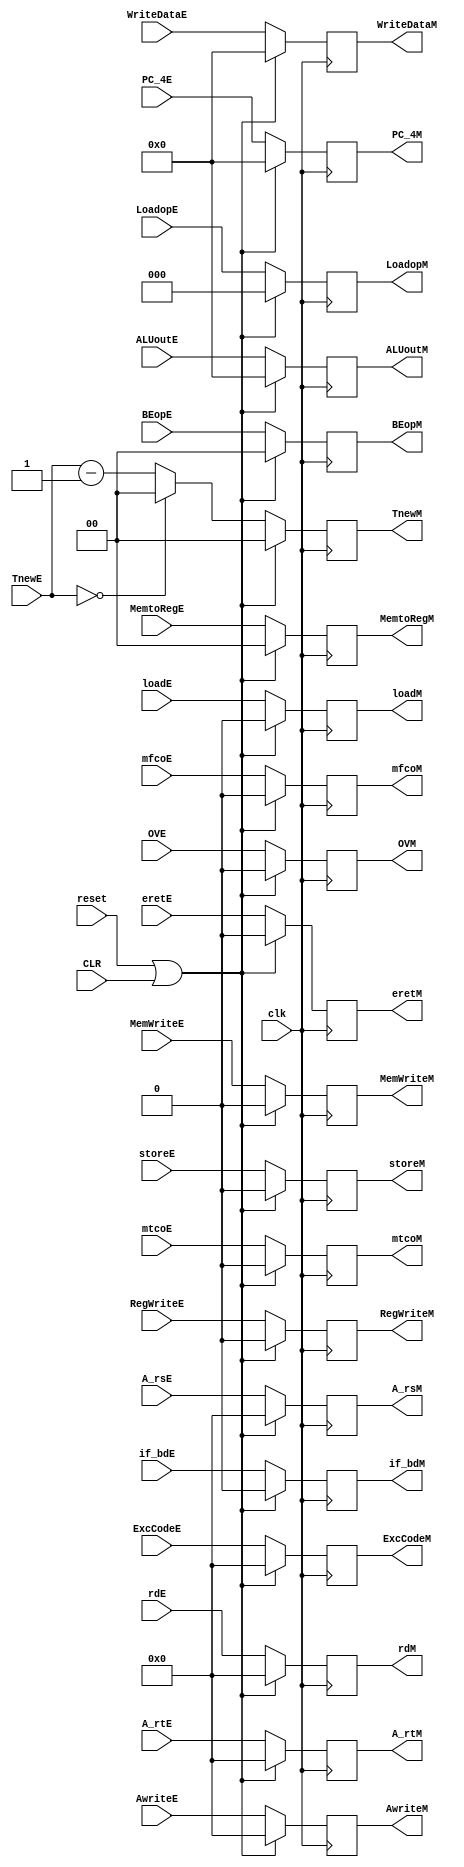
`timescale 1ns / 1ps
//////////////////////////////////////////////////////////////////////////////////
// Company: 
// Engineer: 
// 
// Design Name: 
// Module Name:    E_M_register 
// Project Name: 
// Target Devices: 
// Tool versions: 
// Description: 
//
// Dependencies: 
//
// Revision: 
// Revision 0.01 - File Created
// Additional Comments: 
//
//////////////////////////////////////////////////////////////////////////////////
module E_M_register(
	input clk,
	input reset,
	input CLR,
    input RegWriteE,
    input [1:0] MemtoRegE,
    input MemWriteE,
	input [1:0] BEopE,
	input [2:0] LoadopE,
    input [31:0] ALUoutE,
    input [31:0] WriteDataE,
    input [31:0] PC_4E,
	input [1:0] TnewE,
	input [4:0] A_rsE,
	input [4:0] A_rtE,
	input [4:0] AwriteE,
	input [6:2] ExcCodeE,
	input if_bdE,
	input loadE,
	input storeE,
	input OVE,
	input mfcoE,
	input mtcoE,
	input eretE,
	input [4:0] rdE,
    output reg RegWriteM,
    output reg [1:0] MemtoRegM,
    output reg MemWriteM,
	output reg [1:0] BEopM,
	output reg [2:0] LoadopM,
    output reg [31:0] ALUoutM,
	output reg [31:0] WriteDataM,
    output reg [31:0] PC_4M,
	output reg [1:0] TnewM,
	output reg [4:0] A_rsM,
	output reg [4:0] A_rtM,
	output reg [4:0] AwriteM,
	output reg [6:2] ExcCodeM,
	output reg if_bdM,
	output reg loadM,
	output reg storeM,
	output reg OVM,
	output reg mfcoM,
	output reg mtcoM,
	output reg eretM,
	output reg [4:0] rdM
    );
	initial 
		begin
			RegWriteM=1'b0;
			MemtoRegM=2'b00;
			MemWriteM=1'b0;
			BEopM=2'b0;
			LoadopM=3'b0;
			ALUoutM=32'd0;
			WriteDataM=32'd0;
			PC_4M=32'd0;
			TnewM=2'b00;
			A_rsM=5'd0;
			A_rtM=5'd0;
			AwriteM=5'd0;
			ExcCodeM[6:2]=5'd0;
			if_bdM=1'b0;
			loadM=1'b0;
			storeM=1'b0;
			OVM=1'b0;
			mfcoM=1'b0;
			mtcoM=1'b0;
			eretM=1'b0;
			rdM=5'd0;
		end
	always@(posedge clk)
		begin
			if(reset||CLR)
				begin
					RegWriteM=1'b0;
					MemtoRegM=2'b00;
					MemWriteM=1'b0;
					BEopM=2'b0;
					LoadopM=3'b0;
					ALUoutM=32'd0;
					WriteDataM=32'd0;
					PC_4M=32'd0;
					TnewM=2'b00;
					A_rsM=5'd0;
					A_rtM=5'd0;
					AwriteM=5'd0;
					ExcCodeM[6:2]=5'd0;
					if_bdM=1'b0;
					loadM=1'b0;
					storeM=1'b0;
					OVM=1'b0;
					mfcoM=1'b0;
					mtcoM=1'b0;
					eretM=1'b0;
					rdM=5'd0;
				end 
			else 
				begin
					RegWriteM=RegWriteE;
					MemtoRegM=MemtoRegE;
					MemWriteM=MemWriteE;
					BEopM=BEopE;
					LoadopM=LoadopE;
					ALUoutM=ALUoutE;
					WriteDataM=WriteDataE;
					PC_4M=PC_4E;
					A_rsM=A_rsE;
					A_rtM=A_rtE;
					AwriteM=AwriteE;
					if(TnewE==2'b00)
						TnewM=2'b00;
					else
						TnewM=TnewE-2'b01;
					ExcCodeM[6:2]=ExcCodeE[6:2];
					if_bdM=if_bdE;
					loadM=loadE;
					storeM=storeE;
					OVM=OVE;
					mfcoM=mfcoE;
					mtcoM=mtcoE;
					eretM=eretE;
					rdM=rdE;
				end
			
		end

endmodule